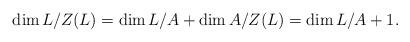
LaTeX: \begin{align*}\dim L/Z(L)=\dim L/A+\dim A/Z(L)=\dim L/A+1. \end{align*}